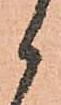
候